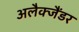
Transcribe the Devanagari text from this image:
अलैक्जैंडर